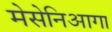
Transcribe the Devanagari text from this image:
मेसेनिआगा